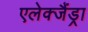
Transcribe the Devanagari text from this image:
एलेक्जैंड्रा